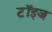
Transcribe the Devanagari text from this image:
टॉइज